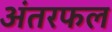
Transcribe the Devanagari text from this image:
अंतरफल